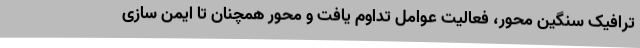
ترافیک سنگین محور، فعالیت عوامل تداوم یافت و محور همچنان تا ایمن سازی